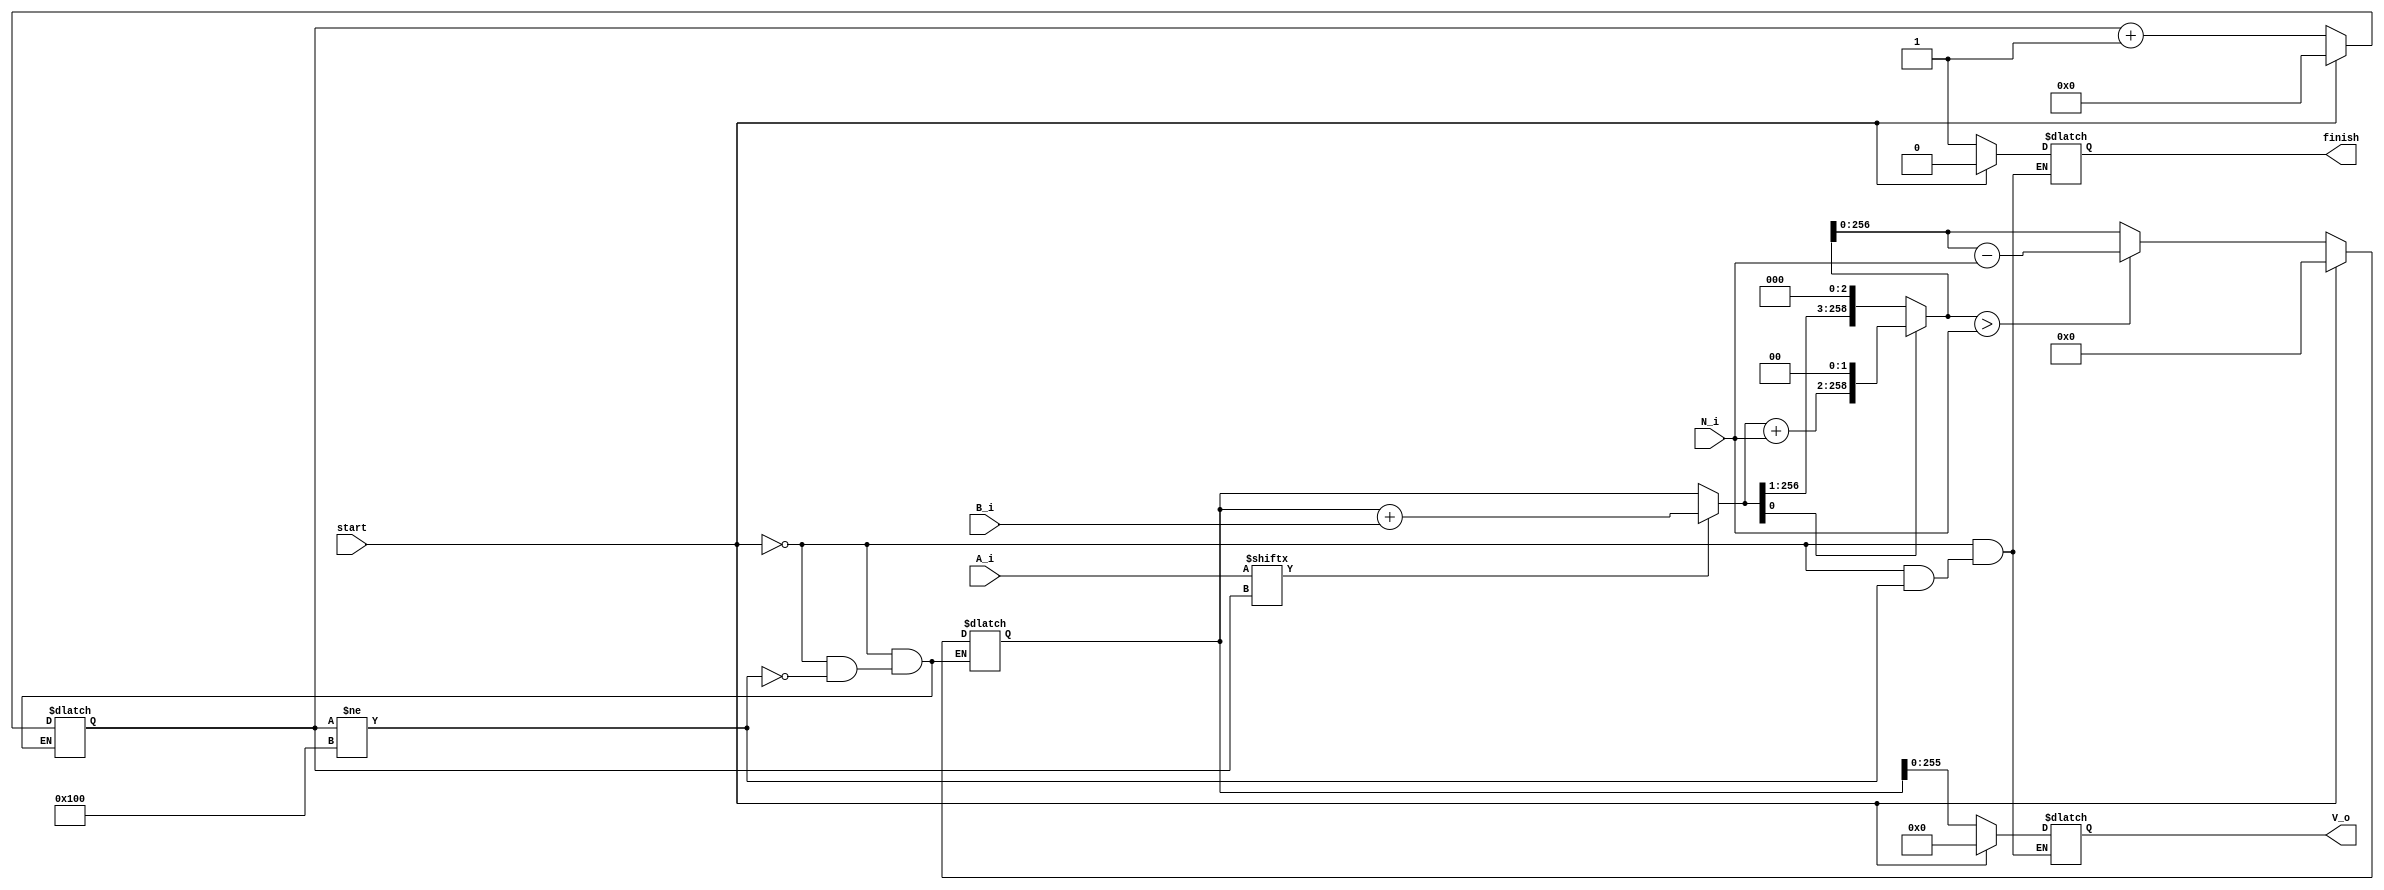
module MA (
	//input
	start,
	N_i,
    A_i,
	B_i,
	//output
	V_o,
	finish
    );
    
	//----input declaration----//
    input [255:0] A_i,B_i,N_i;
	input start;
	
	//----output declaration----//
    output reg [255:0] V_o;
    output reg         finish;
	
	//----reg declaration----//
    reg   [257:0] Vi; // Vi
	reg   [258:0] f; // f = Vi + ai*B + qi*N
	reg   [8:0]   i; // bit counter
	reg           qi;
	
	
	
	always@(*) begin
	
		if(start == 1'b1) begin
			i   = 0;
			Vi  = 0;
			V_o = 0;
			finish = 0;
		end

		else begin 
			if(i != 9'd256) begin
				if(A_i[i] == 1'b1) 
					f = Vi + B_i;
				else
					f = Vi;
				
				qi = f[0];
				
				if( qi == 1'b1)
					f = (f + N_i)<<2;
				else
					f = f<<2;
				
				Vi = (f > N_i)? f-N_i : f;
				i  = i+1;
			end
			else begin
				finish = 1'b1;
				V_o = Vi;
			end
		end	
	end
	
endmodule